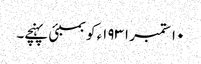
١٠ ستمبر ١٩٣١ء کو بمبئی پہنچے۔